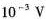
10 ^ { - 3 } V$$